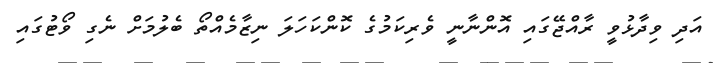
އަދި ވިދާޅުވީ ރާއްޖޭގައި އޮންނާނީ ވެރިކަމުގެ ކޮންކަހަލަ ނިޒާމެއްތޯ ބެލުމަށް ނެގި ވޯޓުގައި